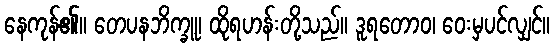
နေကုန်၏။ တေပနဘိက္ခူ၊ ထိုရဟန်းတို့သည်။ ဒူရတောဝ၊ ဝေးမှပင်လျှင်။